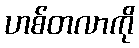
ဟစ်တလာကို